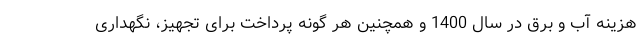
هزینه آب و برق در سال 1400 و همچنین هر گونه پرداخت برای تجهیز، نگهداری